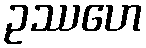
ဥဿဟေ